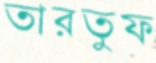
তারতুফ